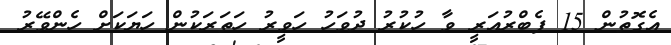
އެގޮތުން 15 ފެބްރުއަރީ ވާ ހުކުރު ދުވަހު ހަވީރު ހަތަރަކުން ހަޔަކަށް ހެންވޭރު